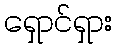
ရှောင်ရှား